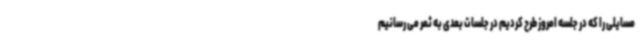
مسایلی را که در جلسه امروز طرح کردیم در جلسات بعدی به ثمر می رسانیم